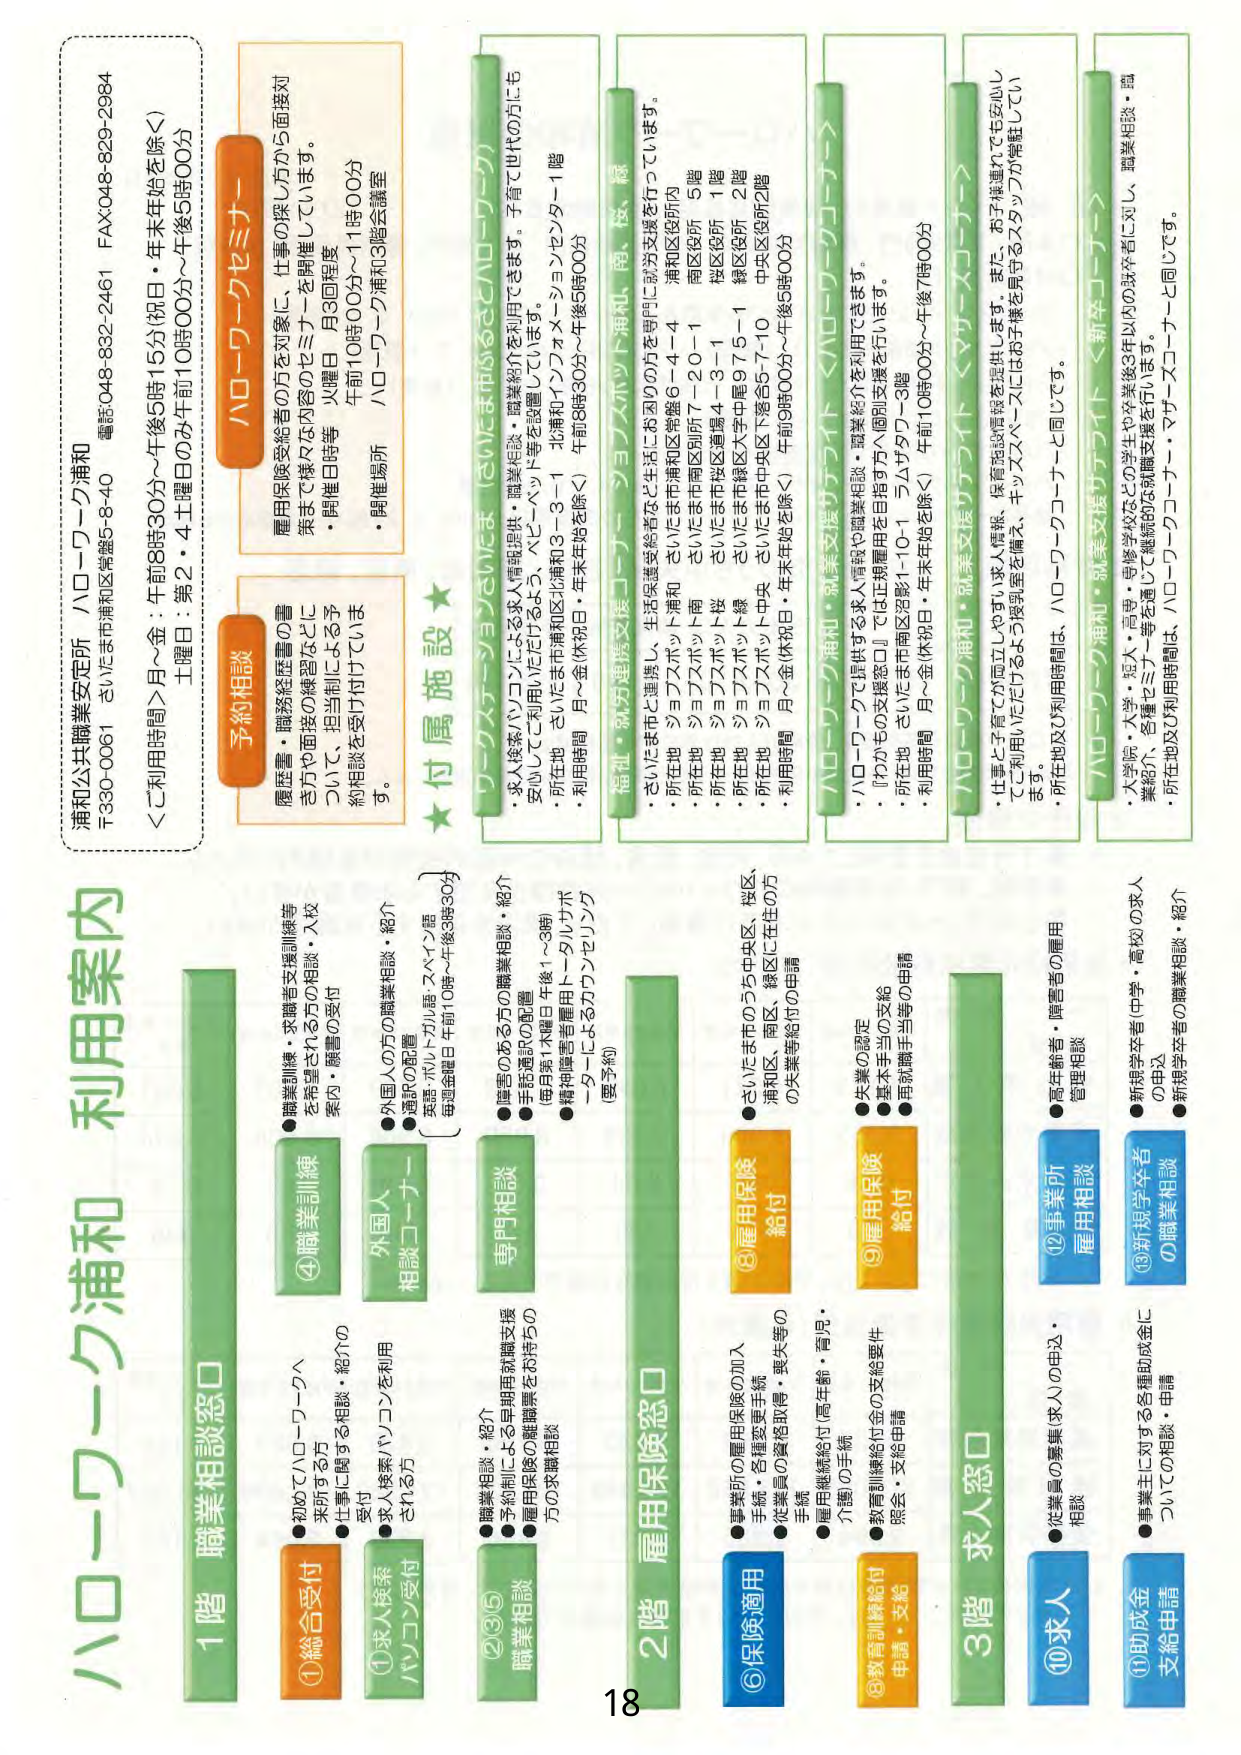
ハローワーク浦和
利用案内

浦和公共職業安定所 ハローワーク浦和
〒330-0061 さいたま市浦和区常盤5-8-40
電話 048-832-2461 FAX 048-829-2984

＜ご利用時間＞
月～金：午前8時30分～午後5時15分（祝日・年末年始を除く）
土曜日：第2・4土曜日のみ午前10時00分～午後5時00分

予約相談
履歴書・職務経歴書の書
き方や面接の練習などに
ついて、担当制による予
約相談を受付けていま
す。

ハローワークセミナー
雇用保険受給者の方を対象に、仕事の探し方から面接対
策まで様々な内容のセミナーを開催しています。
・開催日時等 火曜日 月3回程度
午前10時00分～11時00分
・開催場所 ハローワーク浦和3階会議室

★付属施設★

①総合受付
●初めてハローワークへ
来所する方
●仕事に関する相談・紹介の
受付

②求人検索
パソコン受付
●求人検索パソコンを利用
される方

③外国人
相談コーナー
●外国人の方の職業相談・紹介
●通訳の配置
英語・ポルトガル語・スペイン語
（毎週金曜日 午前10時～午後3時30分）

④職業訓練
●職業訓練・求職者支援訓練等
を希望される方の相談・入校
案内・願書の受付

⑤専門相談
職業相談
●職業相談・紹介
●予約制による早期雇用就職支援
●雇用保険の離職票をお持ちの
方の求職相談
●障害のある方の職業相談・紹介
●手話通訳の配置
（毎月第1木曜日 午後1～3時）
●精神障害者雇用トータルサポ
ーターによるカウンセリング
（要予約）

⑥保険適用
●事業所の雇用保険の加入
手続き・各種変更手続き
●従業員の資格取得・喪失等の
手続き
●雇用継続給付（高年齢・育児・
介護）の手続

⑧教育訓練給付
申請・支給
●教育訓練給付金の支給要件
照会・支給申請

⑨雇用保険
給付
●失業の認定
●基本手当の支給
●再就職手当等の申請

⑩求人
●従業員の募集（求人の申込・
相談

⑪助成金
支給申請
●事業主に対する各種助成金に
ついての相談・申請

⑫事業所
雇用相談
●高年齢者・障害者の雇用
管理相談

⑬新規学卒者
の職業相談
●新規学卒者（中学・高校）の求人
の申込
●新規学卒者の職業相談・紹介

1階 職業相談窓口
2階 雇用保険窓口
3階 求人窓口

ハローワーク・ジョブセンター（さいたま市浦和区）
・求人検索パソコンによる求人情報提供・職業紹介を利用できます。子育て世代の方にも
安心してご利用いただけるよう、ベビーベッド等を設置しています。
・所在地 さいたま市浦和区北浦和3-3-1 北浦和インフォメーションセンター1階
・利用時間 月～金（休祝日・年末年始を除く） 午前8時30分～午後5時00分

福祉・就労連携支援コーナー ジョブスポット浦和、南、桜、緑
・さいたま市と連携し、生活保護受給者など生活にお困りの方を専門に就労支援を行っています。
・所在地 ジョブスポット浦和 さいたま市浦和区常盤6-4-4 浦和区役所5階
・所在地 ジョブスポット南 さいたま市南区別所7-20-1 南区役所1階
・所在地 ジョブスポット桜 さいたま市桜区道場4-3-1 桜区役所2階
・所在地 ジョブスポット緑 さいたま市緑区大字中尾975-1 緑区役所2階
・所在地 ジョブスポット中央 さいたま市中央区下落合5-7-10 中央区役所2階
・利用時間 月～金（休祝日・年末年始を除く） 午前9時00分～午後5時00分

ハローワーク浦和・就業支援サテライト（ハローワークコート）
・ハローワークで提供する求人情報や職業相談・職業紹介を利用できます。
・「わかももの支援窓口」では正規雇用を目指す方へ個別支援を行います。
・所在地 さいたま市南区沼影1-10-1 ラムザタワー3階
・利用時間 月～金（休祝日・年末年始を除く） 午前10時00分～午後7時00分

ハローワーク浦和・就業支援サテライト＜サテライトコート＞
・仕事と子育てが両立しやすい求人情報、保育施設情報を提供します。また、お子様連れでも安心し
てご利用いただけるよう授乳室を備え、キッズスペースにはお子様を見守るスタッフが常駐してい
ます。
・所在地及び利用時間は、ハローワークコーナーと同じです。

ハローワーク浦和・就業支援サテライト＜新卒コーナー＞
・大学院・大学・短大・専門・専修学校などの学生や卒業後3年以内の既卒者に対し、職業相談・職
業紹介、各種セミナー等を通じて継続的な就職支援を行います。
・所在地及び利用時間は、ハローワークコーナーと同じです。

18